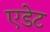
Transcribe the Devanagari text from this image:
एडेट